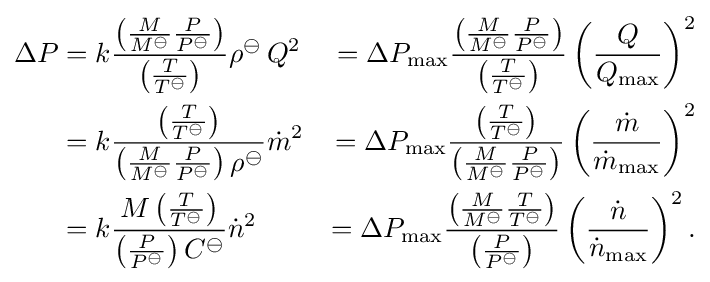
{\begin{aligned}\Delta P&=k{\frac {\left({\frac {M}{M^{\ominus }}}{\frac {P}{P^{\ominus }}}\right)}{\left({\frac {T}{T^{\ominus }}}\right)}}\rho ^{\ominus }\,Q^{2}&=\Delta P_{\max }{\frac {\left({\frac {M}{M^{\ominus }}}{\frac {P}{P^{\ominus }}}\right)}{\left({\frac {T}{T^{\ominus }}}\right)}}\left({\frac {Q}{Q_{\max }}}\right)^{2}\\&=k{\frac {\left({\frac {T}{T^{\ominus }}}\right)}{\left({\frac {M}{M^{\ominus }}}{\frac {P}{P^{\ominus }}}\right)\rho ^{\ominus }}}{\dot {m}}^{2}&=\Delta P_{\max }{\frac {\left({\frac {T}{T^{\ominus }}}\right)}{\left({\frac {M}{M^{\ominus }}}{\frac {P}{P^{\ominus }}}\right)}}\left({\frac {\dot {m}}{{\dot {m}}_{\max }}}\right)^{2}\\&=k{\frac {M\left({\frac {T}{T^{\ominus }}}\right)}{\left({\frac {P}{P^{\ominus }}}\right)C^{\ominus }}}{\dot {n}}^{2}&=\Delta P_{\max }{\frac {\left({\frac {M}{M^{\ominus }}}{\frac {T}{T^{\ominus }}}\right)}{\left({\frac {P}{P^{\ominus }}}\right)}}\left({\frac {\dot {n}}{{\dot {n}}_{\max }}}\right)^{2}.\end{aligned}}